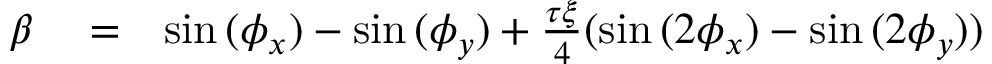
\begin{array} { r l r } { \beta } & { { } = } & { \sin { ( \phi _ { x } ) } - \sin { ( \phi _ { y } ) } + \frac { \tau \xi } { 4 } ( \sin { ( 2 \phi _ { x } ) } - \sin { ( 2 \phi _ { y } ) } ) } \end{array}